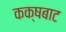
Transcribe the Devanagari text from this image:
कक्षबाट